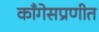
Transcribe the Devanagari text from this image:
काँगेसप्रणीत